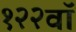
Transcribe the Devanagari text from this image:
१२२वॉ